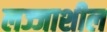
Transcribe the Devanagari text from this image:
लज्जाशील